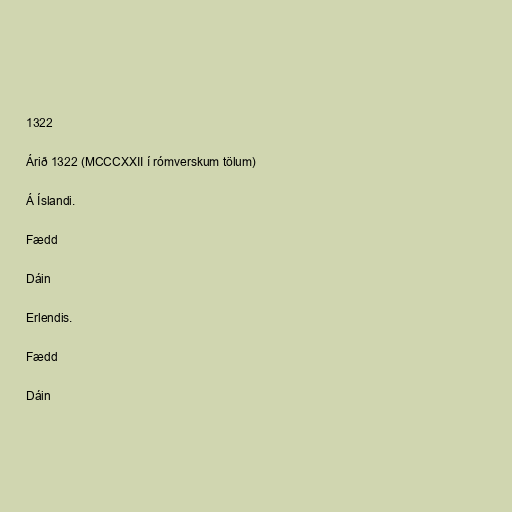
1322

Árið 1322 (MCCCXXII í rómverskum tölum)

Á Íslandi.

Fædd

Dáin

Erlendis.

Fædd

Dáin